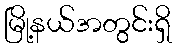
မြို့နယ်အတွင်းရှိ